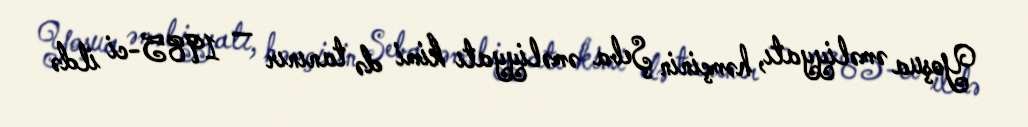
Yoşua əməliyyatı, həmçinin Şeba əməliyyatı kimi də tanınır — 1985-ci ildə